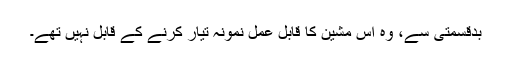
بدقسمتی سے، وہ اس مشین کا قابل عمل نمونہ تیار کرنے کے قابل نہیں تھے۔